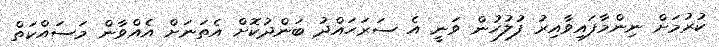
ކުރުމަށް ނިންމާފައިވާއިރު ފުލުހުން ވަނީ އެ ސަރަޙައްދު ބަންދުކޮށް އެތަނަށް އެއްވާން މަސައްކަތް